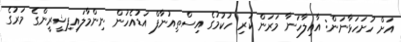
އަށް ހުށަހަޅާނަން: އާއިލާހަނާ މަރަން ކުރި ހުކުމުގެ އިސްތިއުނާފް އަޑުއެހުން ނިންމާލައިފިޝީރީންގެ މަރުގެ